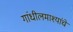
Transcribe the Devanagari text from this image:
गांधीलमाश्यांचे